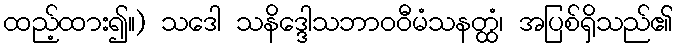
ထည့်ထား၍။) သဒေါ သနိဒ္ဒေါသဘာဝဝီမံသနတ္ထံ၊ အပြစ်ရှိသည်၏